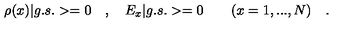
\rho ( x ) | g . s . > = 0 \quad , \quad E _ { x } | g . s . > = 0 \quad \quad ( x = 1 , . . . , N ) \quad .